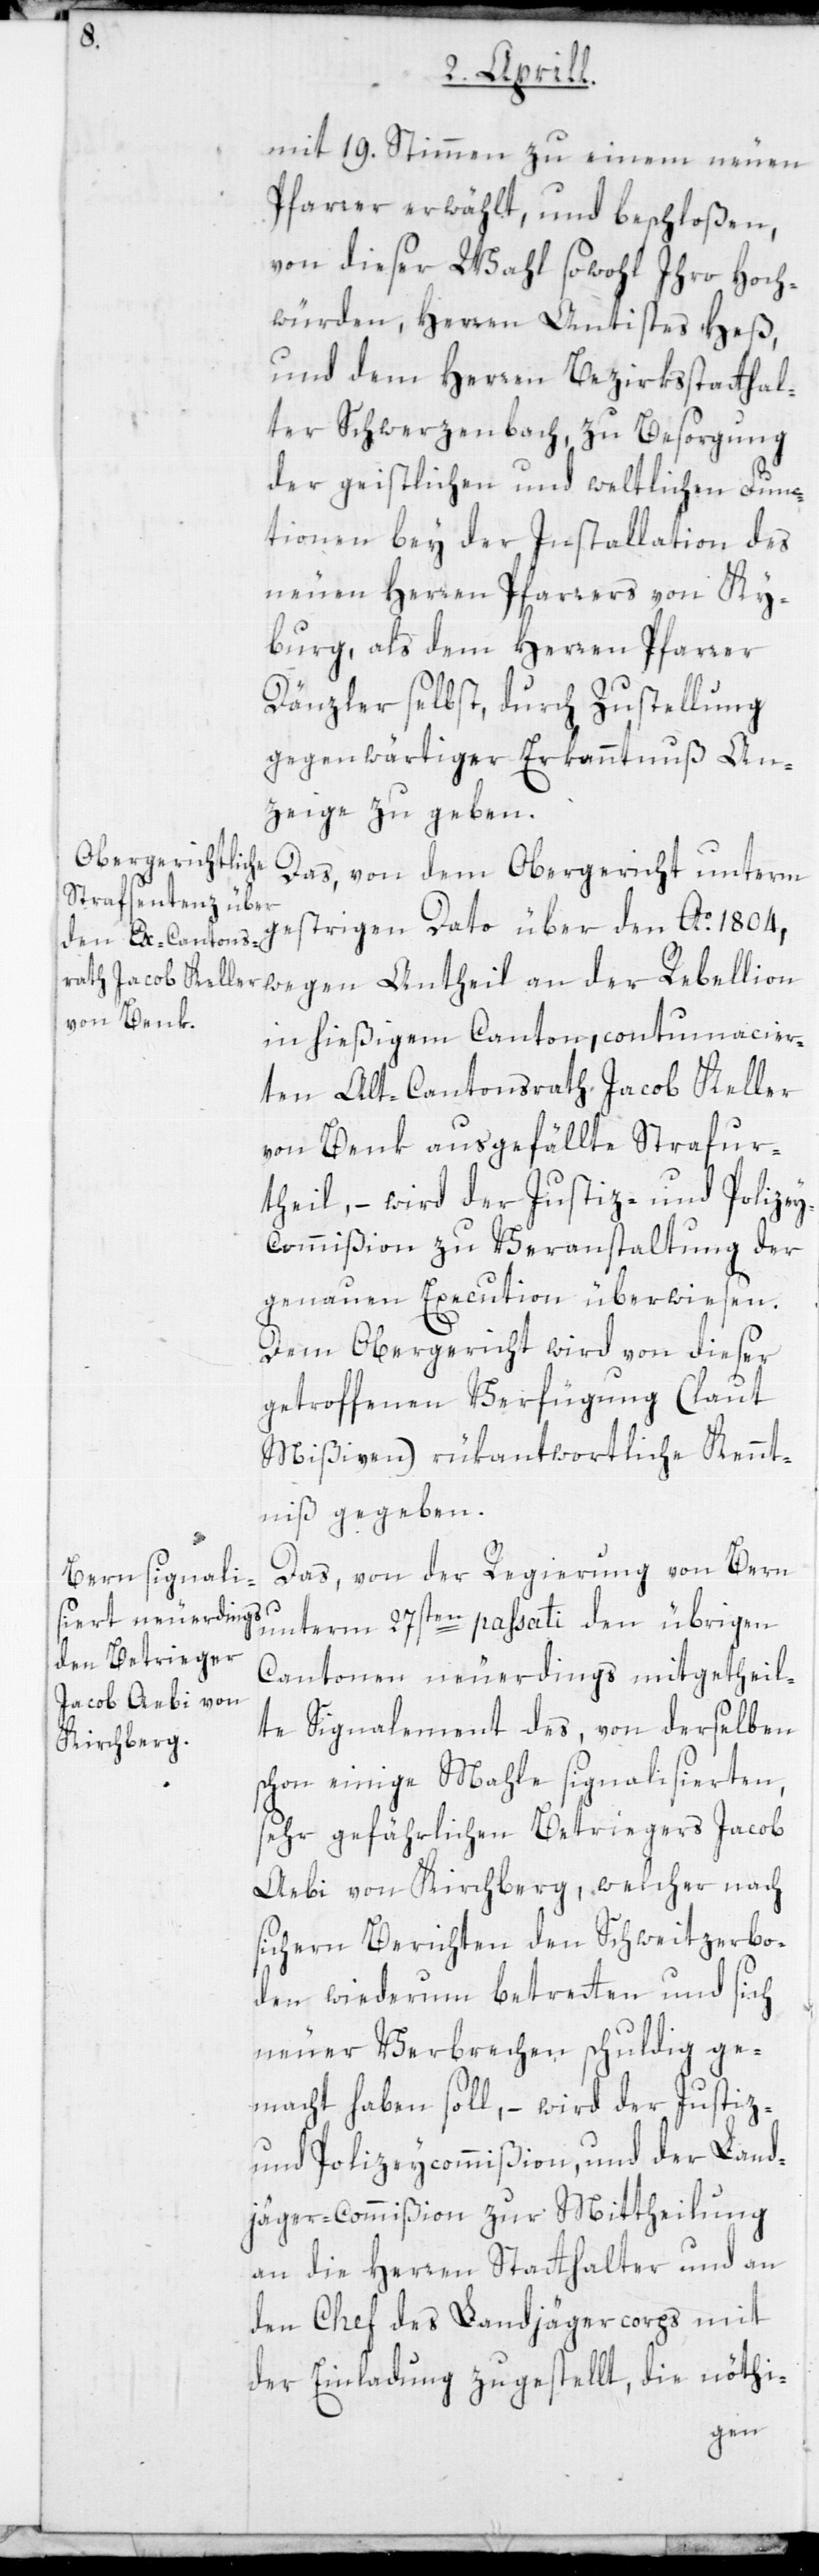
mit 19. Stimmen zu einem neuen
Pfarrer erwählt, und beschloßen,
von dieser Wahl sowohl Ihro Hoch¬
würden, Herren Antistes Heß,
und dem Herren Bezirksstatthal¬
ter Schwerzenbach, zu Besorgung
der geistlichen und weltlichen Func¬
tionen bey der Installation des
neuen Herren Pfarrers von Ky¬
burg, als dem Herren Pfarrer
Dänzler selbst, durch Zustellung
gegenwärtiger Erkanntnuß An¬
zeige zu geben.
Das, von dem Obergericht unterm
gestrigen Dato über den Ao 1804,
wegen Antheil an der Rebellion
in hießigem Canton, contumacier¬
ten Alt-Cantonsrath Jacob Keller
von Benk ausgefällte Strafur¬
theil, – wird der Justiz- und Polizey¬
commißion zu Veranstaltung der
genauen Execution überwiesen.
Dem Obergericht wird von dieser
getroffenen Verfügung (laut
Mißiven) rükantwortliche Kennt¬
niß gegeben.
Das, von der Regierung von Bern
unterm 27sten passati den übrigen
Cantonen neuerdings mitgetheil¬
te Signalement des, von derselben
schon einige Mahle signalisierten,
sehr gefährlichen Betriegers Jacob
Aebi von Kirchberg, welcher nach
sichern Berichten den Schweitzerbo¬
den wiederum betreten und sich
neuer Verbrechen schuldig ge¬
macht haben soll, – wird der Justiz-
und Polizeycommißion, und der Land¬
jäger-commißion zur Mittheilung
an die Herren Statthalter und an
den Chef des Landjägercorps mit
der Einladung zugestellt, die nöthi-